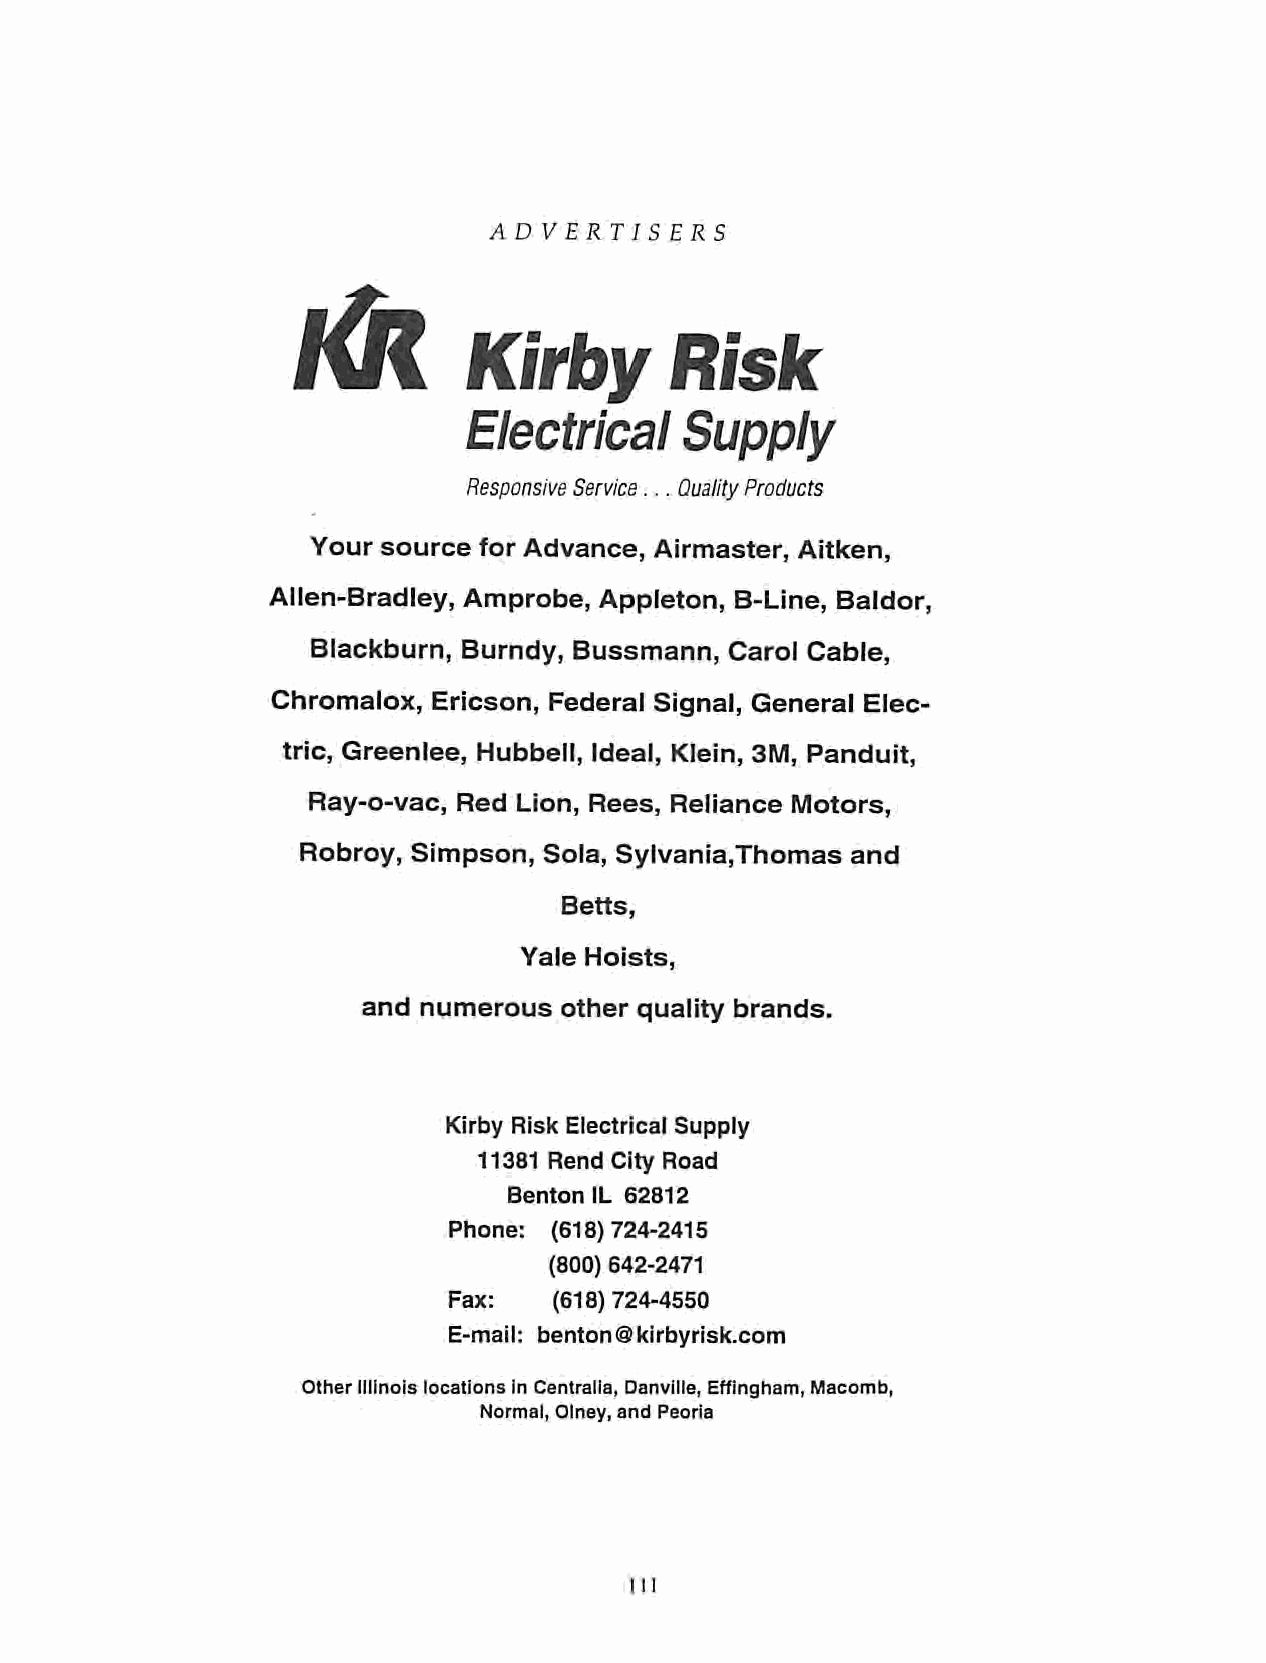
ADVERTISERS
 l<R
 Kirby        Risk
 Electrical    Supply
 Responsive Service... QualityProducts
 Your source for Advance, Airmaster, Aitken,
 Allen-Bradley, Amprobe, Appleton, B-Line, Baldor,
 Blackburn, Burndy, Bussmann, Carol Cable,
 Chromalox, Ericson, Federal Signal, General Elec
 tric, Greenlee, Hubbell, Ideal, Klein, 3M, Panduit,
 Ray-o-vac, Red Lion, Rees, Reliance Motors,
 Robroy, Simpson, Sola, Sylvania,Thomas and
 Betts,
 Yale Hoists,
 and numerous other quality brands.
 Kirby Risk Electrical Supply
 11381 Rend City Road
 Benton IL 62812
 Phone: (618)724-2415
 (800) 642-2471
 Fax:   (618)724-4550
 E-mail: benton@kirbyrisk.com
 Other Illinois locations in Centralis, Danville, Effingham, Macomb,
 Normal, Olney, and Peoria